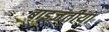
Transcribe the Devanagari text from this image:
बाइजंतीया